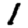
Digit: 1